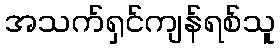
အသက်ရှင်ကျန်ရစ်သူ